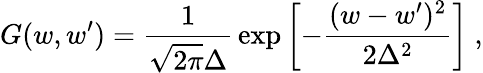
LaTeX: G(w,w^{\prime})={\frac{1}{\sqrt{2\pi}\Delta}}\exp\left[-{\frac{(w-w^{\prime})^{2}}{2\Delta^{2}}}\right]\ ,